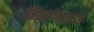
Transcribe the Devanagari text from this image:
निर्माणप्रवाह